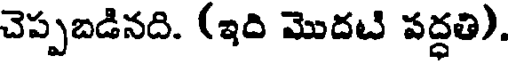
చెప్పబడినది. (ఇది మొదటి వద్ధతి).